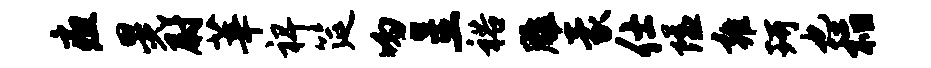
疽晃尉莘裨筵吻呈裕雕蒙仕隘雍珂也稻